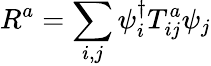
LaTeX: R^{a}=\sum_{i,j}\psi_{i}^{\dagger}T_{ij}^{a}\psi_{j}